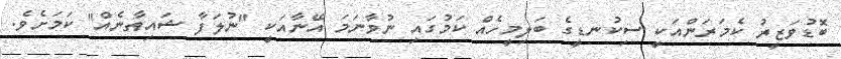
ބޮޑުވަޒީރު ކެމަރަންއަކީ ސިކުނޑީގެ ބަލިމީހެއް ކަމުގައި ނުވާނަމަ އޭނާއަކީ "ނުލަފާ ޝައިޠާނެއް" ކަމަށެވެ.